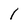
Character: 1